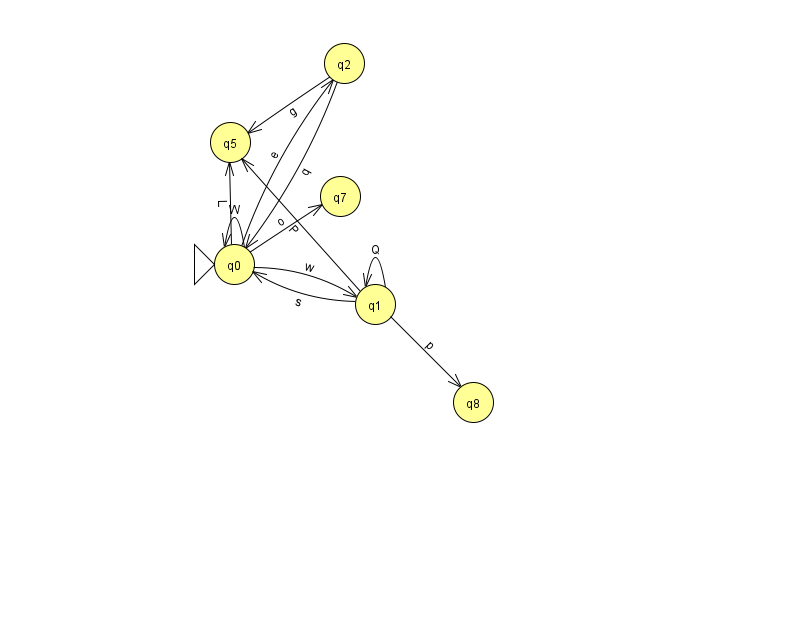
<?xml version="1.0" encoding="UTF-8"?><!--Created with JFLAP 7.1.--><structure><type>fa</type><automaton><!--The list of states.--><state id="0" name="q0"><x>234.0</x><y>251.0</y><initial/></state><state id="1" name="q1"><x>375.0</x><y>291.0</y></state><state id="2" name="q2"><x>344.0</x><y>50.0</y></state><state id="5" name="q5"><x>230.0</x><y>129.0</y></state><state id="7" name="q7"><x>340.0</x><y>183.0</y></state><state id="8" name="q8"><x>473.0</x><y>389.0</y></state><!--The list of transitions.--><transition><from>1</from><to>1</to><read>Q</read></transition><transition><from>1</from><to>5</to><read>P</read></transition><transition><from>0</from><to>5</to><read>L</read></transition><transition><from>2</from><to>5</to><read>g</read></transition><transition><from>0</from><to>0</to><read>W</read></transition><transition><from>1</from><to>8</to><read>p</read></transition><transition><from>0</from><to>1</to><read>w</read></transition><transition><from>2</from><to>0</to><read>q</read></transition><transition><from>1</from><to>0</to><read>s</read></transition><transition><from>0</from><to>7</to><read>o</read></transition><transition><from>0</from><to>2</to><read>e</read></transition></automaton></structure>